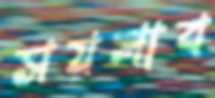
সয়লাব